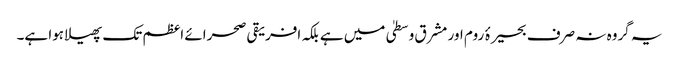
یہ گروہ نہ صرف بحیرۂ روم اور مشرق وسطیٰ میں ہے بلکہ افریقی صحرائے اعظم تک پھیلا ہوا ہے۔